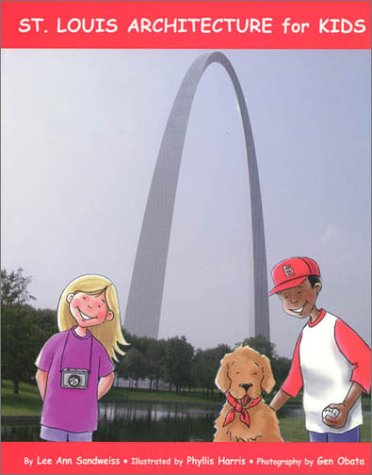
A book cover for St. Louis Architecture for Kids; Lee Ann Sandweiss; Children's Books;